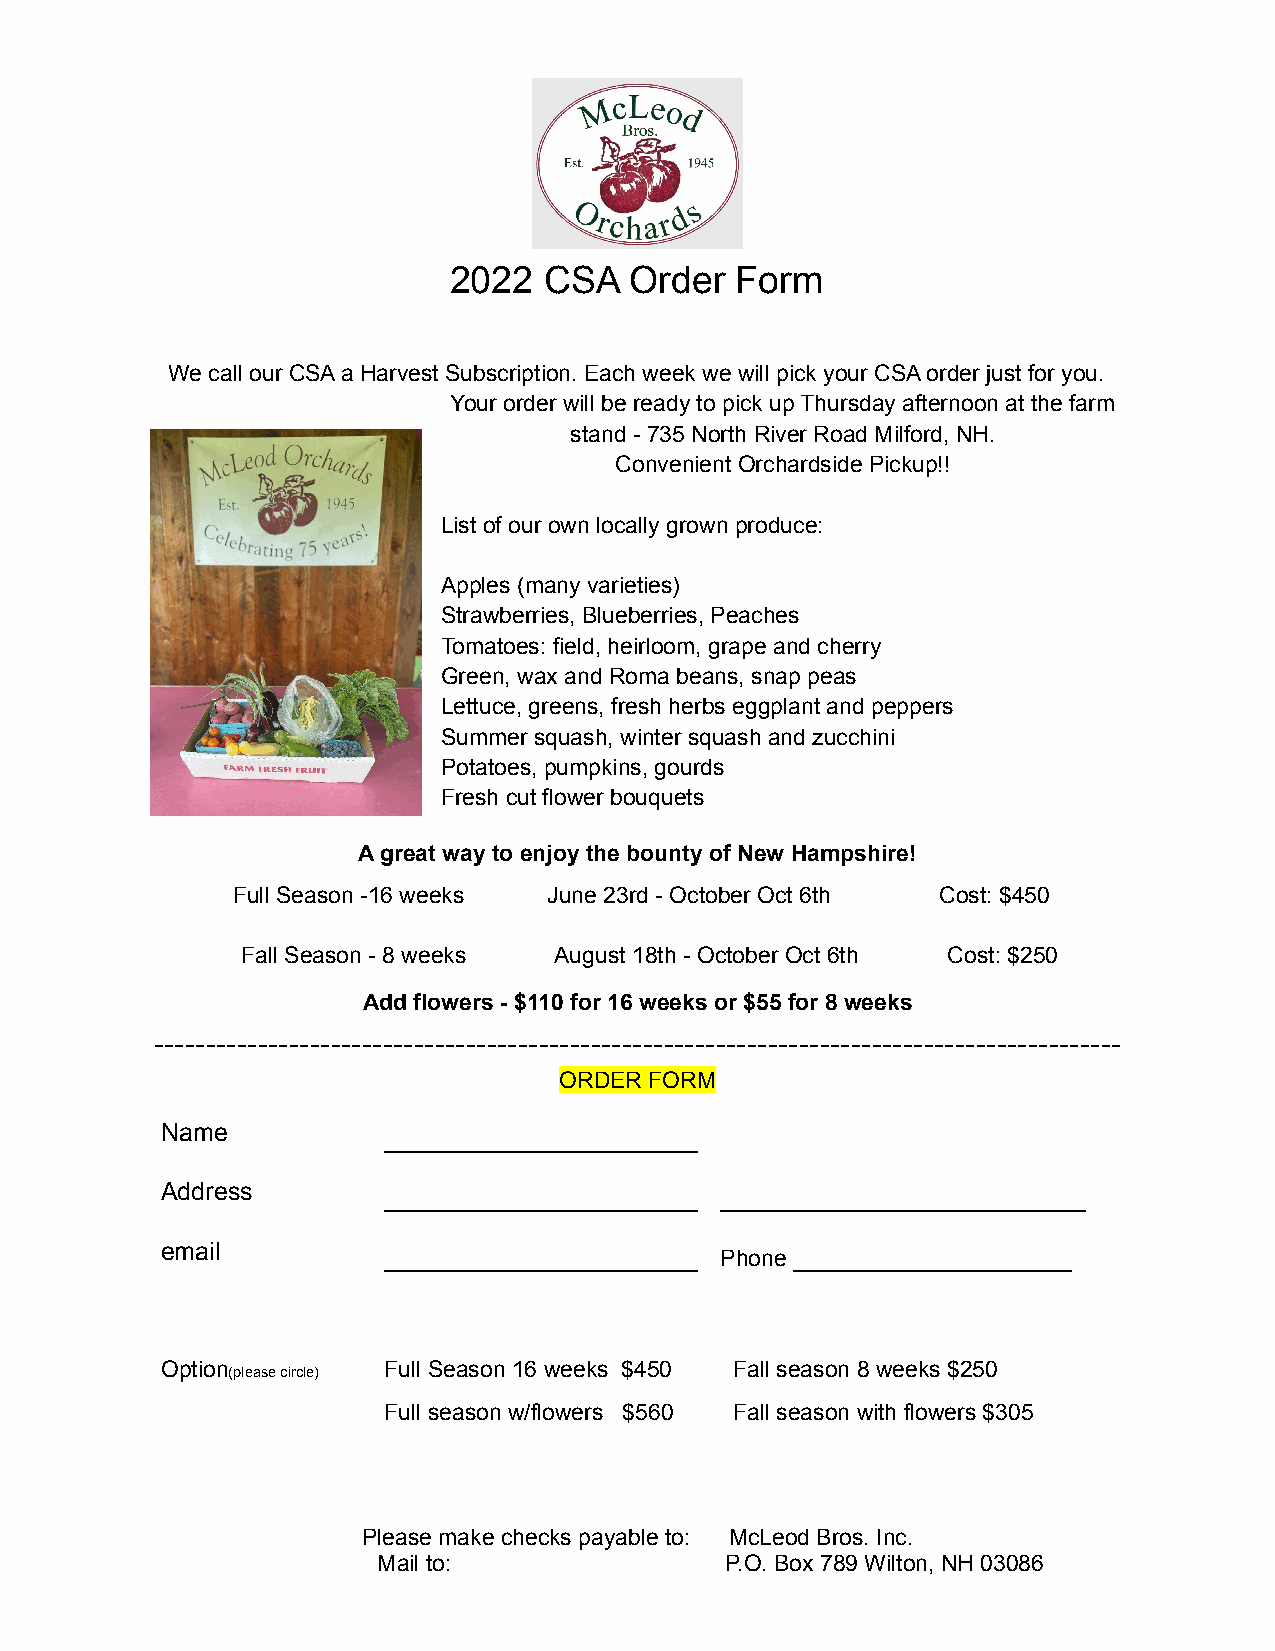
2022  CSA   Order  Form
 We call our CSA a Harvest Subscription. Each week we will pick your CSA order just for you.
 Your order will be ready to pick up Thursday afternoon at the farm
 stand - 735 North River Road Milford, NH.
 Convenient Orchardside Pickup!!
 List of our own locally grown produce:
 Apples (many varieties)
 Strawberries, Blueberries, Peaches
 Tomatoes: field, heirloom, grape and cherry
 Green, wax and Roma beans, snap peas
 Lettuce, greens, fresh herbs eggplant and peppers
 Summer squash, winter squash and zucchini
 Potatoes, pumpkins, gourds
 Fresh cut flower bouquets
 A great way to enjoy the bounty of New Hampshire!
 Full Season -16 weeks June 23rd - October Oct 6th Cost: $450
 Fall Season - 8 weeks August 18th - October Oct 6th Cost: $250
 Add flowers - $110 for 16 weeks or $55 for 8 weeks
 ---------------------------------------------------------------------------------------------
 ORDER FORM
 Name          __________________
 Address       __________________     _____________________
 email         __________________         ________________
 Phone
 Option        Full Season 16 weeks $450 Fall season 8 weeks $250
 (please circle)
 Full season w/flowers $560 Fall season with flowers $305
 Please make checks payable to: McLeod Bros. Inc.
 Mail to:               P.O. Box 789 Wilton, NH 03086